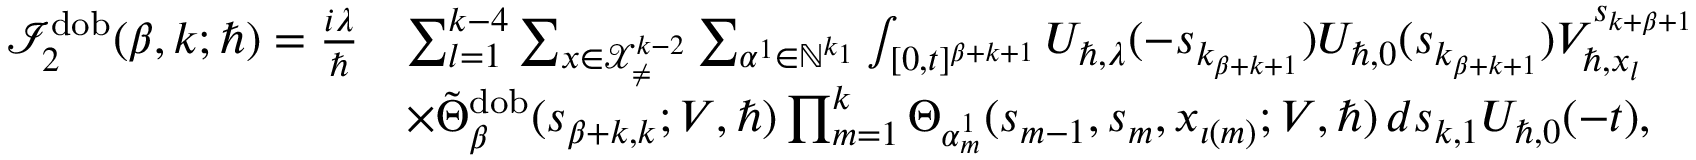
\begin{array} { r l } { \mathcal { I } _ { 2 } ^ { \mathrm { d o b } } ( \beta , k ; \hbar ) = \frac { i \lambda } { \hbar } } & { \sum _ { l = 1 } ^ { k - 4 } \sum _ { \boldsymbol { x } \in \mathcal { X } _ { \neq } ^ { k - 2 } } \sum _ { \alpha ^ { 1 } \in \mathbb { N } ^ { k _ { 1 } } } \int _ { [ 0 , t ] ^ { \beta + k + 1 } } U _ { \hbar , \lambda } ( - s _ { k _ { \beta + k + 1 } } ) U _ { \hbar , 0 } ( s _ { k _ { \beta + k + 1 } } ) V _ { \hbar , x _ { l } } ^ { s _ { k + \beta + 1 } } } \\ & { \times \tilde { \Theta } _ { \beta } ^ { \mathrm { d o b } } ( \boldsymbol { s } _ { \beta + k , k } ; V , \hbar ) \prod _ { m = 1 } ^ { k } \Theta _ { \alpha _ { m } ^ { 1 } } ( s _ { m - 1 } , { s } _ { m } , x _ { \iota ( m ) } ; V , \hbar ) \, d \boldsymbol { s } _ { k , 1 } U _ { \hbar , 0 } ( - t ) , } \end{array}